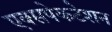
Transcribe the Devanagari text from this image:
एक्सपेकटेशन